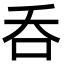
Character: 呑